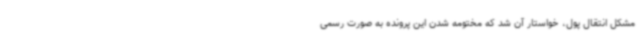
مشکل انتقال پول، خواستار آن شد که مختومه شدن این پرونده به صورت رسمی